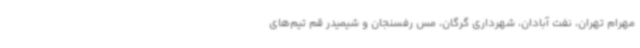
مهرام تهران، نفت آبادان، شهرداری گرگان، مس رفسنجان و شیمیدر قم تیم‌های